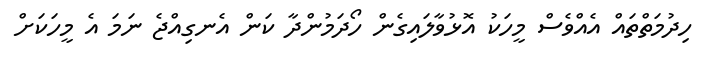
ހިދުމަތްތައް އެއްވެސް މީހަކު އޮޅުވާލައިގެން ހޯދަމުންދާ ކަން އެނގިއްޖެ ނަމަ އެ މީހަކަށް